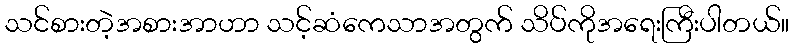
သင်စားတဲ့အစားအာဟာ သင့်ဆံကေသာအတွက် သိပ်ကိုအရေးကြီးပါတယ်။